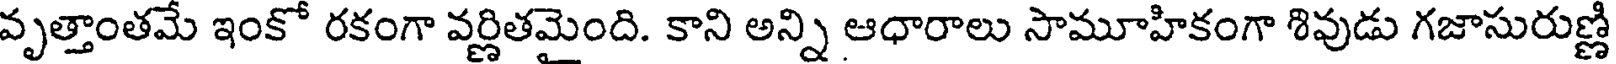
వృత్తాంతమే ఇంకో రకంగా వర్ణితమైంది. కాని అన్ని ఆధారాలు సామూహికంగా శివుడు గజాసురుణ్ణి